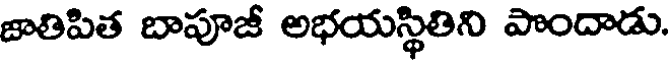
జాతిపిత బాపూజీ అభయస్థితిని పొందాడు.